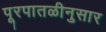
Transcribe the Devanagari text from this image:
पूरपातळीनुसार